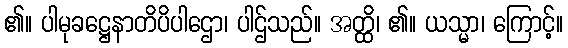
၏။ ပါမုခဋ္ဌေနာတိပိပါဌော၊ ပါဌ်သည်။ အတ္ထိ၊ ၏။ ယသ္မာ၊ ကြောင့်။